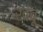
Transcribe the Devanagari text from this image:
खंबू